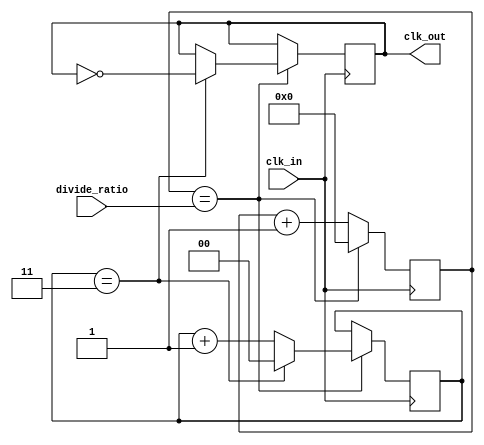
module fractional_clock_divider (
    input wire clk_in,
    input wire [7:0] divide_ratio,
    output reg clk_out
);

reg [7:0] counter;
reg [7:0] delay_value;
reg [1:0] sync_reg;

always @ (posedge clk_in) begin
    if (counter == divide_ratio) begin
        counter <= 8'b0;
        sync_reg <= sync_reg + 1;
        if (sync_reg == 2'b11) begin
            clk_out <= ~clk_out;
            sync_reg <= 2'b00;
        end
    end else begin
        counter <= counter + 1;
    end
end

always @ (posedge clk_out) begin
    delay_value <= delay_value + 1;
end

endmodule